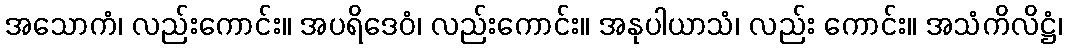
အသောကံ၊ လည်းကောင်း။ အပရိဒေဝံ၊ လည်းကောင်း။ အနုပါယာသံ၊ လည်း ကောင်း။ အသံကိလိဋ္ဌံ၊